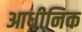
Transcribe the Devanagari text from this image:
आधीनिक